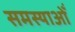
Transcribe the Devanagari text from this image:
समस्याओँ